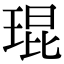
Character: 琨